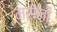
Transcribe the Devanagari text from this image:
मरोनी